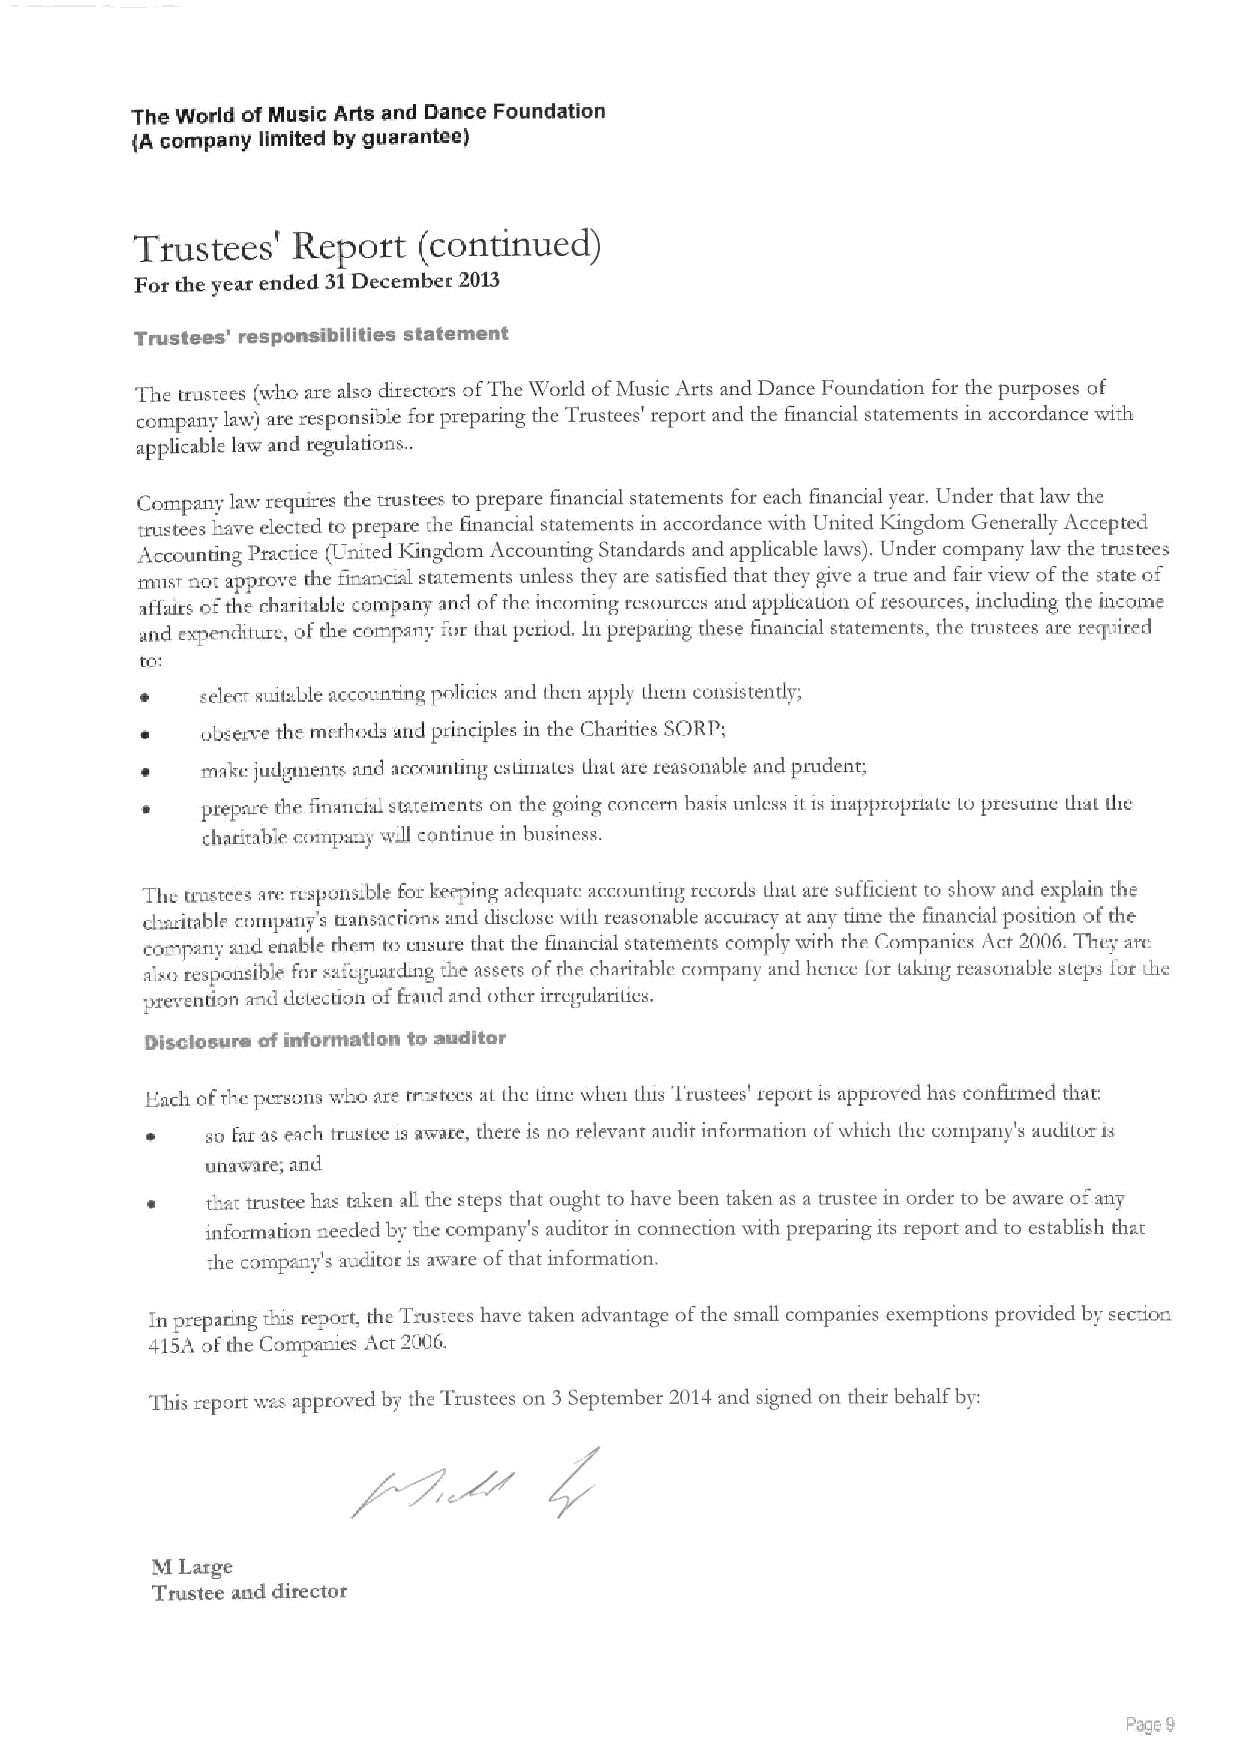
The World of Music Arts and Dance Foundation
 (A company limited by guarantee)
 Trustees' Report   (continued)
 For the year ended 31December 2013
 Trustees' responsibilities statement
 The trustees (wlio are aho directors ofThe World ofIvfusic Arts and Dance Foundation for the purposes of
 companv Iawj are responsible for pxeparing the Trustees' report and the financial statements in accozdance with
 applicable law and regulations. .
 Company law requires the nustees to prepare financial statements for each finandal year Under that law rhe
 (rustees have elected to prepare the financial statements in. accordance zzqth United Kingdom Generally Accepted
 Accountmg Practice (L'nited IChtgdom Accounting S(andards and applicable laws). Under company law the trus tees
 ust not approve the fmancial statements unless they are satislied that they give a true and fair viev; ofthe state of
 affairs ofthe charitable company and ofthe mcoming resources and application ofresouxces, including (he income
 and expendttuze, ofthe company for that petiod. In.preparing these financial statements, ihe trus(ees are required
 to:
 ~   select suitable accounting policies and then apply them consistentlv;
 ~   obserz e the methods and principles m the Charities SORP;
 ~   mal-e judgments and accounting esumates that are reasonable and prudent,
 ~   prepare (he financial statements on the going concern basis unless it is inapproptiate to presume that the
 charitable company will continue in business.
 The tmstees are responsible for keeping adequate accounting records that ate sufficient to show and explain the
 charitable company's transactions and disclose with reasonable accuracy at any tune the financial position ofthe
 company and enable them to ensure that the financial statements comply with the Compames Act 2006.They are
 also responsible For safeguarding the assets ofthe charitable company and hence for (aking reasonable steps for the
 prevention and detection offraud and other irregularities.
 Disclosure of information to auditor
 Fach ofthe persons who are trustees at the time when (his Trustees' report is approved has confirmed that;
 ~   so fat as each trustee is au ate, there is no relevant audit information ofwhich the company's auditor is
 unawaxe; and
 ~   that trustee has taken all thc steps that ought to have been taken as a trustee in order to be aware of any
 information needed by the company's au(htoz in. connection wi(h preparing its report and to establish that
 the company's auditor is aware ofthat information,
 In preparing tlus report, the Trustees have taken advantage ofthe small companies exemptions provided by section
 415A ofthe Compames Act 2006.
 This report ives approved by the Trustees on 3September 2014and signed on their behalf by:
 M Large
 Trustee and director
 Page g